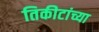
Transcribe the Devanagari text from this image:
तिकीटांच्या